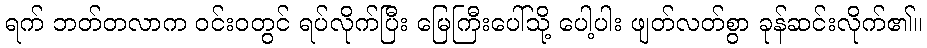
ရက် ဘတ်တလာက ဝင်းဝတွင် ရပ်လိုက်ပြီး မြေကြီးပေါ်သို့ ပေါ့ပါး ဖျတ်လတ်စွာ ခုန်ဆင်းလိုက်၏။